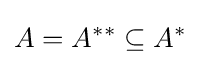
A=A^{**}\subseteq A^{*}